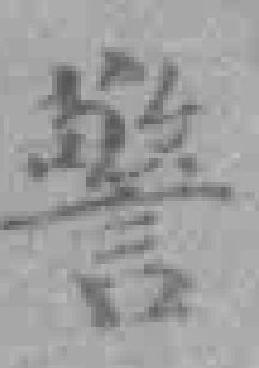
警